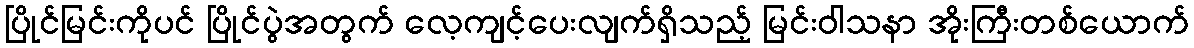
ပြိုင်မြင်းကိုပင် ပြိုင်ပွဲအတွက် လေ့ကျင့်ပေးလျက်ရှိသည့် မြင်းဝါသနာ အိုးကြီးတစ်ယောက်